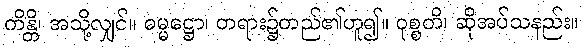
ကိန္တိ၊ အသို့လျှင်။ ဓမ္မဋ္ဌော၊ တရား၌တည်၏ဟူ၍။ ဝုစ္စတိ၊ ဆိုအပ်သနည်း။